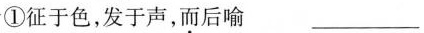
①征于色，发于声，而后喻 ___